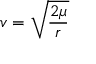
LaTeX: v = { \sqrt { \frac { 2 \mu } { r } } }